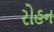
રોહન